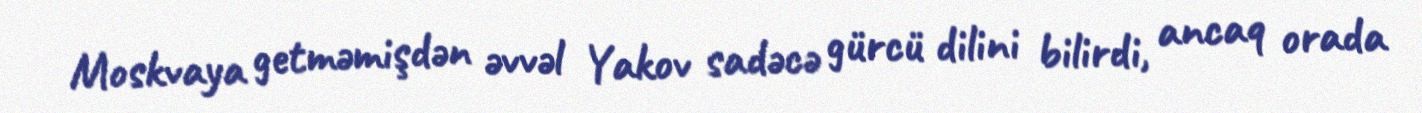
Moskvaya getməmişdən əvvəl Yakov sadəcə gürcü dilini bilirdi, ancaq orada